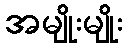
အမျိုးမျိုး